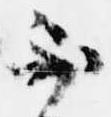
不